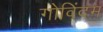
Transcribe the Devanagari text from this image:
गोविंदम